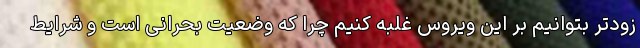
زودتر بتوانیم بر این ویروس غلبه کنیم چرا که وضعیت بحرانی است و شرایط